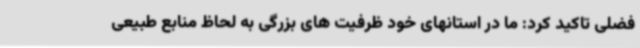
فضلی تاکید کرد: ما در استانهای خود ظرفیت های بزرگی به لحاظ منابع طبیعی